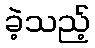
ခဲ့သည့်